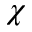
\chi